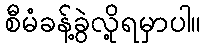
စီမံခန့်ခွဲလို့ရမှာပါ။